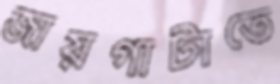
জায়গাটাতে